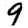
Digit: 9